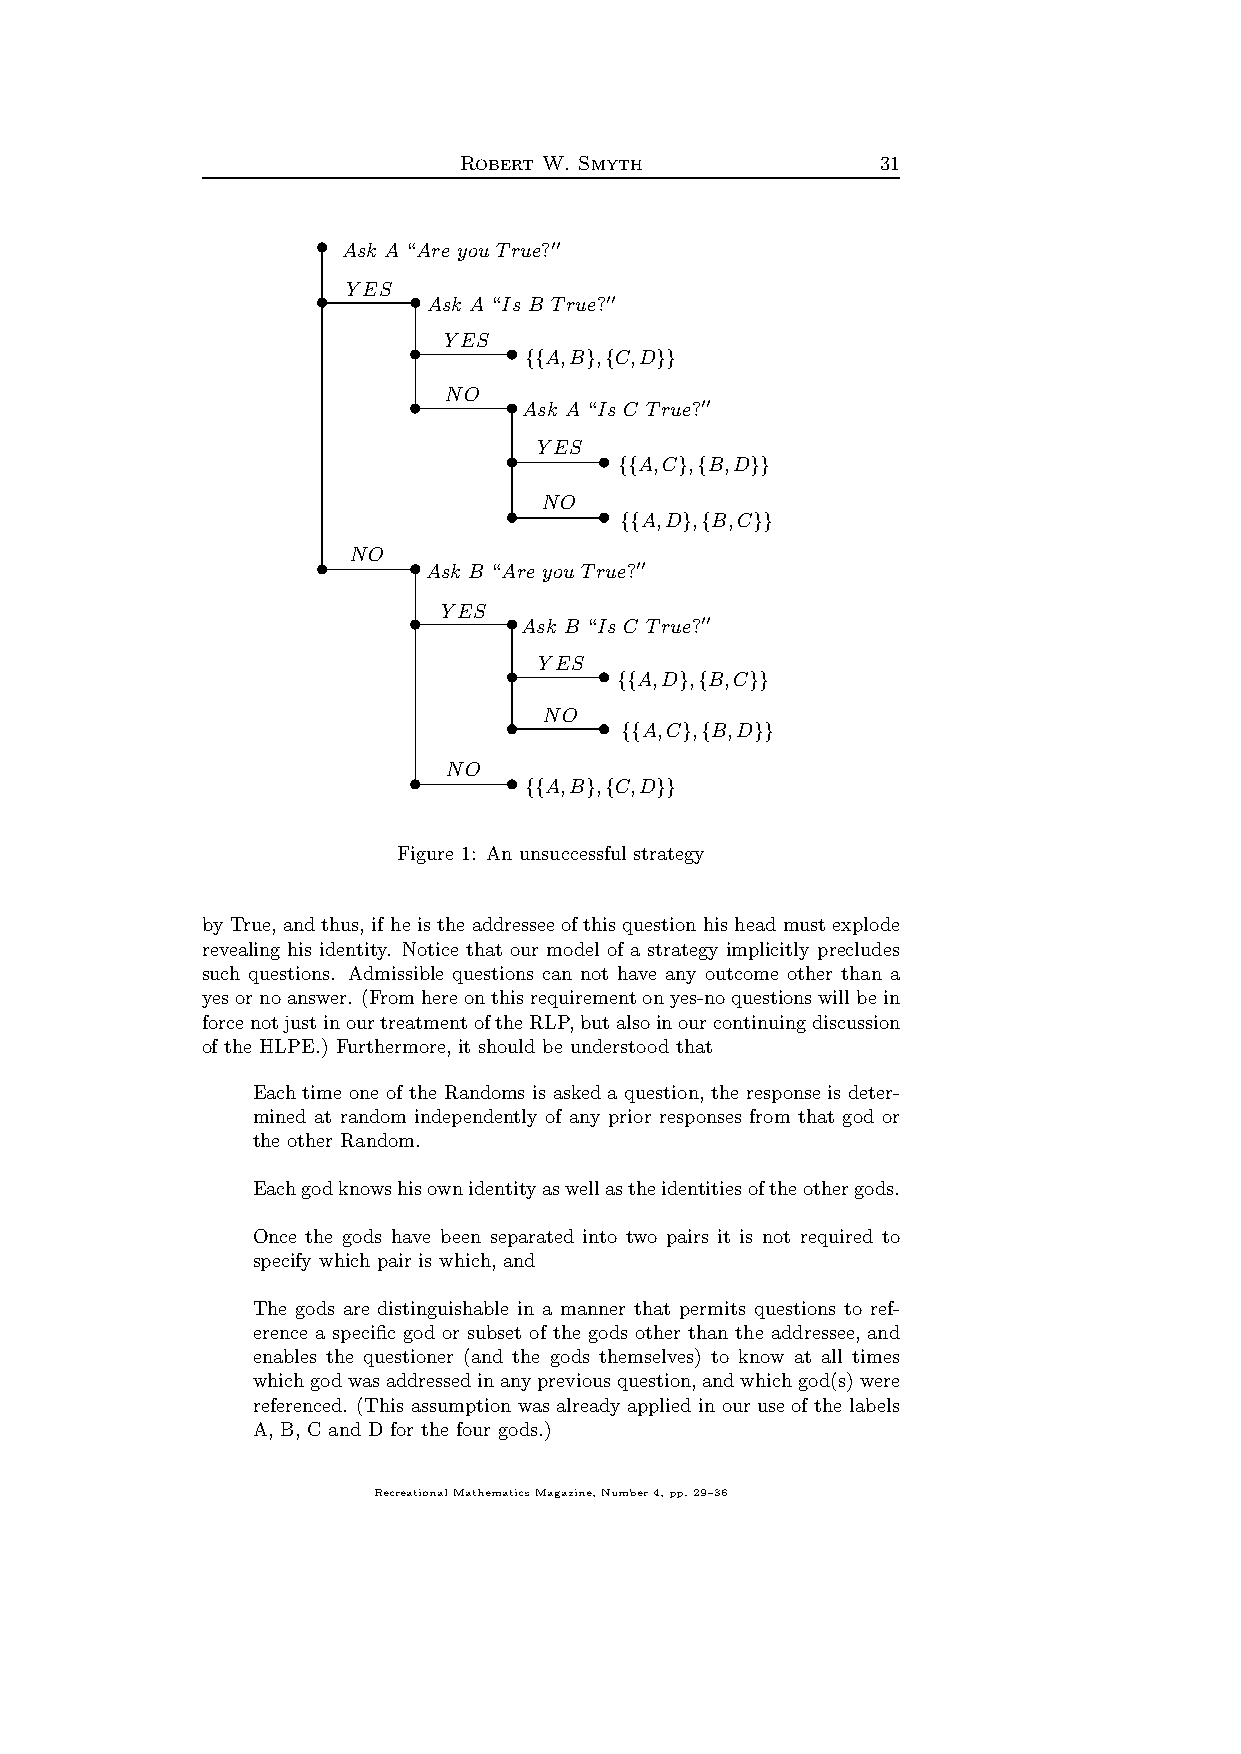
Robert W. Smyth             31
 b Ask A “Are you True? ′′
 YES
 Ask A “Is B True?
 b     b            ′′
 YES
 b      b A,B , C,D
 {{  } { }}
 NO
 Ask A “Is C True?
 b      b           ′′
 YES
 A,C , B,D
 b     b
 {{  } {  }}
 NO
 b     b A,D , B,C
 {{  } {  }}
 NO
 Ask B “Are you True?
 b     b              ′′
 YES
 Ask B “Is C True?
 b      b           ′′
 YES
 A,D , B,C
 b     b
 {{  } {  }}
 NO
 A,C , B,D
 b     b
 {{  } {  }}
 NO
 A,B , C,D
 b      b
 {{  } { }}
 Figure 1: An unsuccessful strategy
 by True, and thus, if he is the addresseeofthis question his head must explode
 revealing his identity. Notice that our model of a strategy implicitly precludes
 such questions. Admissible questions can not have any outcome other than a
 yesornoanswer. (Fromhereonthisrequirementonyes-noquestionswillbein
 forcenotjustinourtreatmentoftheRLP,butalsoinourcontinuingdiscussion
 of the HLPE.) Furthermore, it should be understood that
 Each time one of the Randoms is asked a question, the response is deter-
 mined at random independently of any prior responses from that god or
 the other Random.
 Eachgodknowshisownidentityaswellastheidentitiesoftheothergods.
 Once the gods have been separated into two pairs it is not required to
 specify which pair is which, and
 The gods are distinguishable in a manner that permits questions to ref-
 erence a specific god or subset of the gods other than the addressee, and
 enables the questioner (and the gods themselves) to know at all times
 whichgodwasaddressedinanypreviousquestion,andwhichgod(s)were
 referenced. (This assumption was alreadyapplied in our use of the labels
 A, B, C and D for the four gods.)
 RecreationalMathematicsMagazine,Number4,pp.29–36